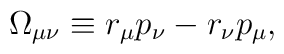
\Omega_{\mu\nu} \equiv r_\mu p_\nu - r_\nu p_\mu,